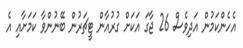
އެހެންކަމުން އަދިވެސް 26 ޖާގަ އަކަށް ގުރުއާން ޓީޗަރުން ބޭނުންވާ ކަމަށާއި އެ